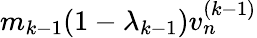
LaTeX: m_{k-1}(1-\lambda_{k-1})v_{n}^{(k-1)}